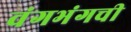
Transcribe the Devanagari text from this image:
वंगभंगची